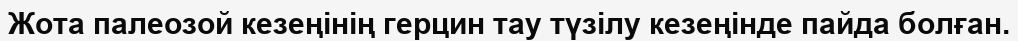
Жота палеозой кезеңінің герцин тау түзілу кезеңінде пайда болған.